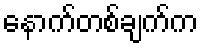
နောက်တစ်ချက်က